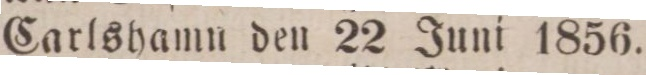
Carlshamn den 22 Juni 1856.